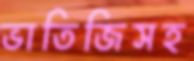
ভাতিজিসহ